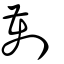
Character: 劐